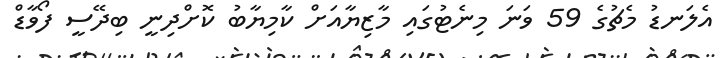
އެލަނޑު މެޗުގެ 59 ވަނަ މިނެޓުގައި މާޒިޔާއަށް ކާމިޔާބު ކޮށްދިނީ ބިދޭސީ ފޯވާޑް